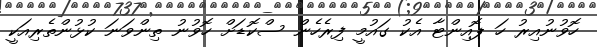
ހޮވުނުއިރު ހަ ޕޮއިންޓާ އެކު ގައުމީ ފިރެހެން ސްކޮޑަށް ހޮވުނު ތިންވަނަ ކުޅުންތެރިއަކީ